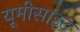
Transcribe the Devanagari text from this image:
यूमीसाइट